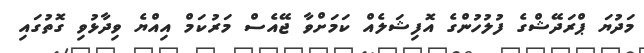
މަދުޔަ ޕްރަދޭޝްގެ ފުލުހުންގެ އޮފިޝަލެއް ކަމަށްވާ ޖޭއެސް މަރުކަމް އިއްޔެ ވިދާޅުވި ގޮތުގައި